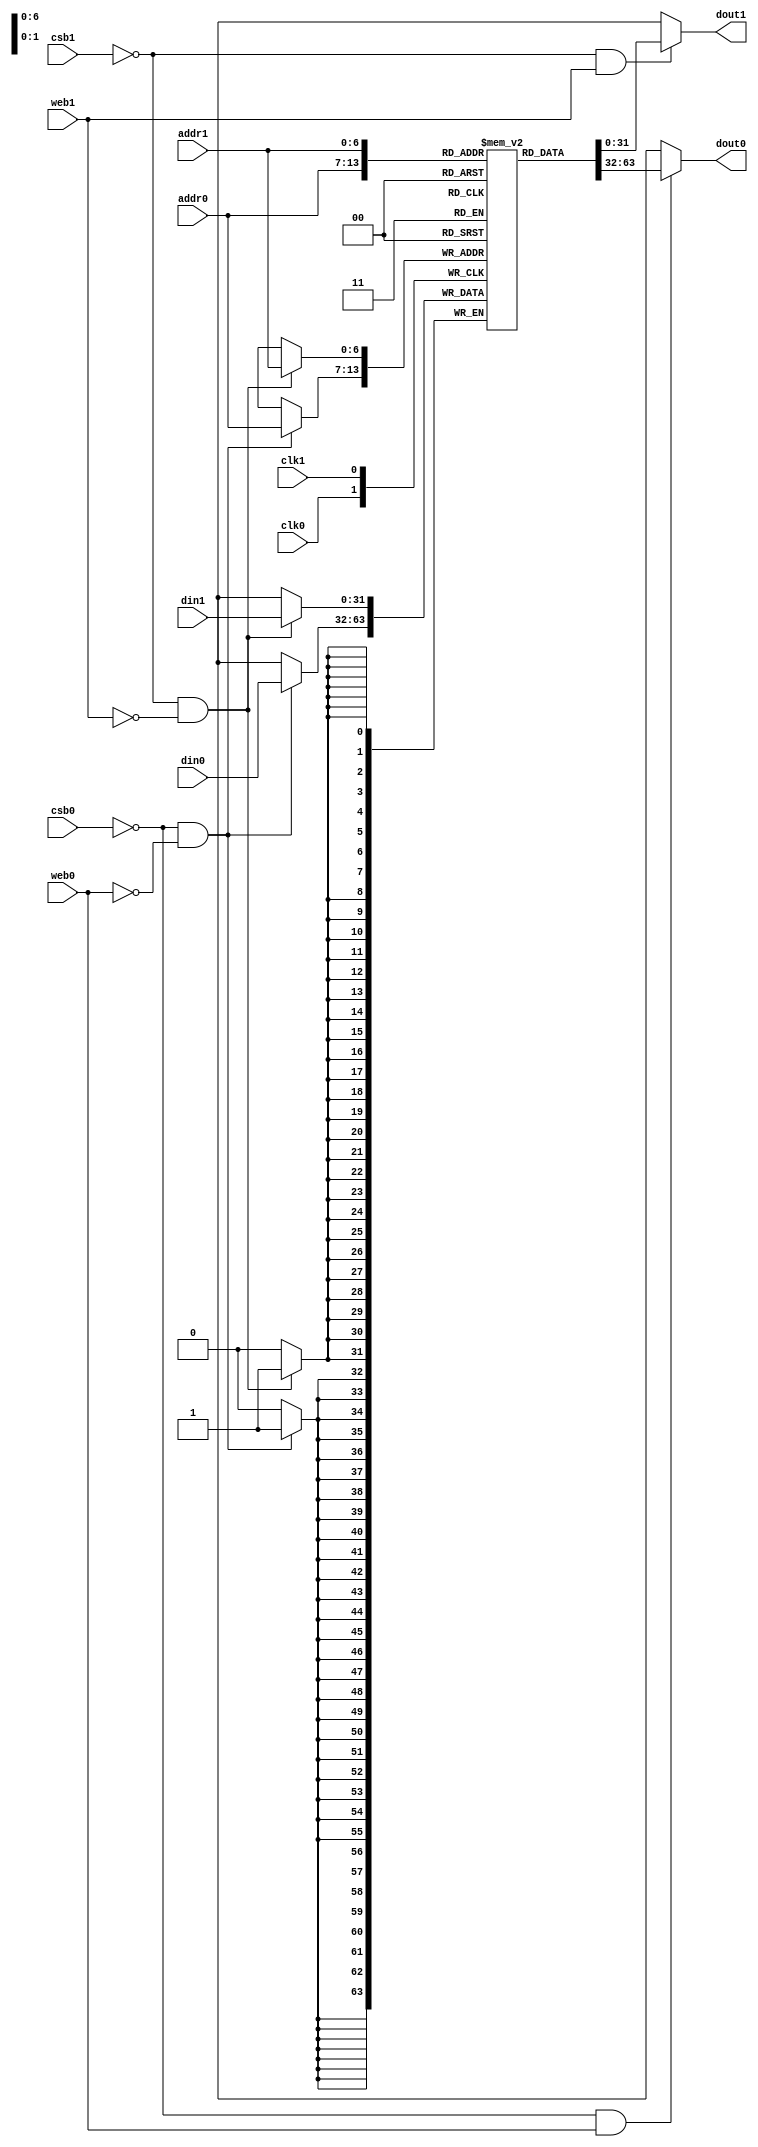
// OpenRAM SRAM model
// Words: 128
// Word size: 32

module sky130_sram_2rw_32x128_32(
`ifdef USE_POWER_PINS
    vccd1,
    vssd1,
`endif
// Port 0: RW
    clk0,csb0,web0,addr0,din0,dout0,
// Port 1: RW
    clk1,csb1,web1,addr1,din1,dout1
  );

  parameter DATA_WIDTH = 32 ;
  parameter ADDR_WIDTH = 7 ;
  parameter RAM_DEPTH = 1 << ADDR_WIDTH;
  // FIXME: This delay is arbitrary.
  parameter DELAY = 0 ;
  parameter VERBOSE = 1 ; //Set to 0 to only display warnings
  parameter T_HOLD = 1 ; //Delay to hold dout value after posedge. Value is arbitrary

`ifdef USE_POWER_PINS
    inout vccd1;
    inout vssd1;
`endif
  input  clk0; // clock
  input   csb0; // active low chip select
  input  web0; // active low write control
  input [ADDR_WIDTH-1:0]  addr0;
  input [DATA_WIDTH-1:0]  din0;
  output [DATA_WIDTH-1:0] dout0;
  input  clk1; // clock
  input   csb1; // active low chip select
  input  web1; // active low write control
  input [ADDR_WIDTH-1:0]  addr1;
  input [DATA_WIDTH-1:0]  din1;
  output [DATA_WIDTH-1:0] dout1;

  reg [DATA_WIDTH-1:0]  dout0;
  reg [DATA_WIDTH-1:0]  dout1;

  reg [DATA_WIDTH-1:0]    mem [0:RAM_DEPTH-1];

  // Memory Write Block Port 0
  // Write Operation : When web0 = 0, csb0 = 0
  always @ (negedge clk0)
  begin : MEM_WRITE0
    if ( !csb0 && !web0 ) begin
        mem[addr0][31:0] <= din0[31:0];
    end
  end

  // Memory Read Block Port 0
  // Read Operation : When web0 = 1, csb0 = 0
  always @ (csb0 or web0 or mem[addr0])
  begin : MEM_READ0
    if (!csb0 && web0)
       dout0 = mem[addr0];
    else
       dout0 = 'bx;
  end

  // Memory Write Block Port 1
  // Write Operation : When web1 = 0, csb1 = 0
  always @ (negedge clk1)
  begin : MEM_WRITE1
    if ( !csb1 && !web1 ) begin
        mem[addr1][31:0] <= din1[31:0];
    end
  end

  // Memory Read Block Port 1
  // Read Operation : When web1 = 1, csb1 = 0
  always @ (csb1 or web1 or mem[addr1])
  begin : MEM_READ1
    if (!csb1 && web1)
       dout1 = mem[addr1];
    else
       dout1 = 'bx;
  end

endmodule


// OpenRAM SRAM model
// Words: 128
// Word size: 64

module sky130_sram_2rw_64x128_64(
`ifdef USE_POWER_PINS
    vccd1,
    vssd1,
`endif
// Port 0: RW
    clk0,csb0,web0,addr0,din0,dout0,
// Port 1: RW
    clk1,csb1,web1,addr1,din1,dout1
  );

  parameter DATA_WIDTH = 64 ;
  parameter ADDR_WIDTH = 7 ;
  parameter RAM_DEPTH = 1 << ADDR_WIDTH;
  // FIXME: This delay is arbitrary.
  parameter DELAY = 0 ;
  parameter VERBOSE = 1 ; //Set to 0 to only display warnings
  parameter T_HOLD = 1 ; //Delay to hold dout value after posedge. Value is arbitrary

`ifdef USE_POWER_PINS
    inout vccd1;
    inout vssd1;
`endif
  input  clk0; // clock
  input   csb0; // active low chip select
  input  web0; // active low write control
  input [ADDR_WIDTH-1:0]  addr0;
  input [DATA_WIDTH-1:0]  din0;
  output [DATA_WIDTH-1:0] dout0;
  input  clk1; // clock
  input   csb1; // active low chip select
  input  web1; // active low write control
  input [ADDR_WIDTH-1:0]  addr1;
  input [DATA_WIDTH-1:0]  din1;
  output [DATA_WIDTH-1:0] dout1;

  reg [DATA_WIDTH-1:0]  dout0;
  reg [DATA_WIDTH-1:0]  dout1;
  reg [DATA_WIDTH-1:0]    mem [0:RAM_DEPTH-1];

  // Memory Write Block Port 0
  // Write Operation : When web0 = 0, csb0 = 0
  always @ (negedge clk0)
  begin : MEM_WRITE0
    if ( !csb0 && !web0 ) begin
        mem[addr0][63:0] <= din0[63:0];
    end
  end

  // Memory Read Block Port 0
  // Read Operation : When web0 = 1, csb0 = 0
  always @ (csb0 or web0 or mem[addr0])
  begin : MEM_READ0
    if (!csb0 && web0)
       dout0 = mem[addr0];
    else
       dout0 = 'bx;
  end

  // Memory Write Block Port 1
  // Write Operation : When web1 = 0, csb1 = 0
  always @ (negedge clk1)
  begin : MEM_WRITE1
    if ( !csb1 && !web1 ) begin
        mem[addr1][63:0] <= din1[63:0];
    end
  end

  // Memory Read Block Port 1
  // Read Operation : When web1 = 1, csb1 = 0
  always @ (csb1 or web1 or mem[addr1])
  begin : MEM_READ1
    if (!csb1 && web1)
       dout1 = mem[addr1];
    else
       dout1 = 'bx;
  end

endmodule